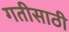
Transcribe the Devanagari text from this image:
गतीसाठी